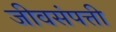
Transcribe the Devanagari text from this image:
जीवसंपत्ती